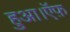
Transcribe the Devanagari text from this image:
हुआ।ऍफ़